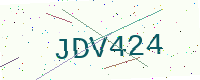
Text: JDV424